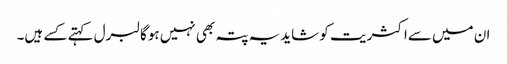
ان میں سےاکثریت کو شایدیہ پتہ بھی نہیں ہوگا لبرل کہتے کسے ہیں۔